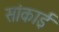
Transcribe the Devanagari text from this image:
सांकाई